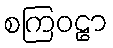
စကြဝဠာ